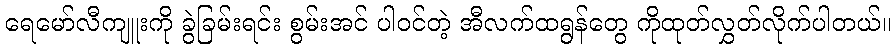
ရေမော်လီကျူးကို ခွဲခြမ်းရင်း စွမ်းအင် ပါဝင်တဲ့ အီလက်ထရွန်တွေ ကိုထုတ်လွှတ်လိုက်ပါတယ်။